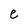
Character: e